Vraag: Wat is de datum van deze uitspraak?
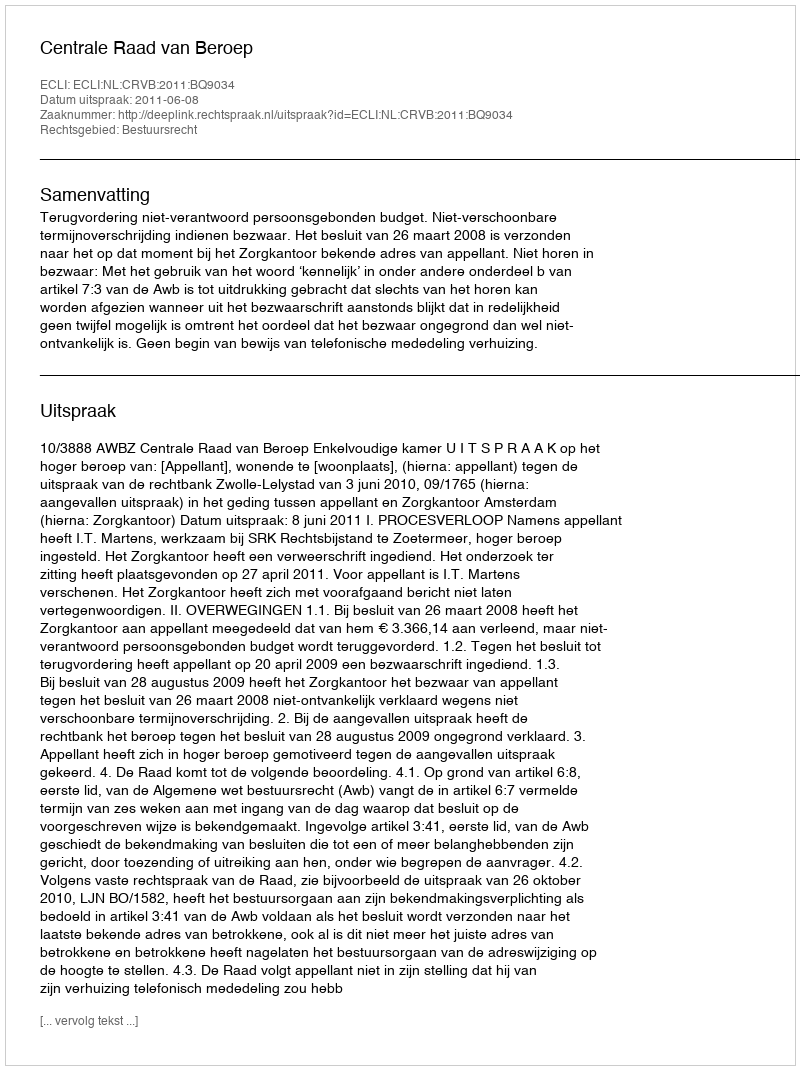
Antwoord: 2011-06-08